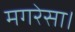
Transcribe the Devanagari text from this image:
मगरेसा।